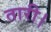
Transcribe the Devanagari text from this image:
तारी।